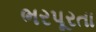
ભરપૂરતા